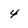
Character: 4